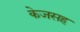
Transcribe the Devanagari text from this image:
केजसह